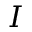
{ \cal I }